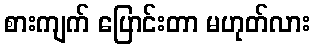
စားကျက် ပြောင်းတာ မဟုတ်လား